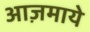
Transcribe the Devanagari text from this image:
आज़माये